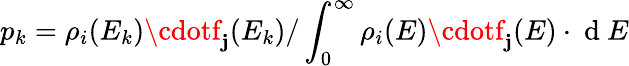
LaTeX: p_{k}=\rho_{i}(E_{k})\cdotf_{\mathbf{j}}(E_{k})/\int_{0}^{\infty}\rho_{i}(E)\cdotf_{\mathbf{j}}(E)\cdot\mathrm{{~d~}}E